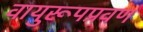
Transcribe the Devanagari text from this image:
वायुरूपप्रवण